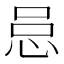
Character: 𪫰